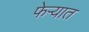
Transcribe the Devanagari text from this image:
फेऱ्यात